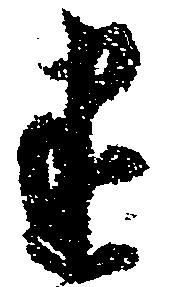
建